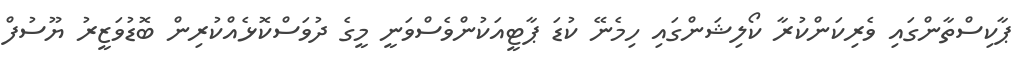
ޕާކިސްތާންގައި ވެރިކަންކުރާ ކޯލިޝަންގައި ހިމެނޭ ކުޑަ ޕާޓީއަކުންވެސްވަނީ މީގެ ދުވަސްކޮޅެއްކުރިން ބޮޑުވަޒީރު ޔޫސުފް